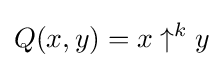
Q(x,y)=x\uparrow ^{k}y